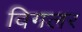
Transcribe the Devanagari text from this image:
विगलर